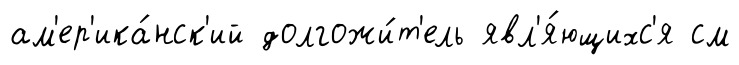
ам'ер'ика́нск'ий долгожи́т'ель явл'я́ющихс'я см